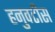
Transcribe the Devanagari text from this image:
हनुवटीस